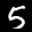
Label: 5